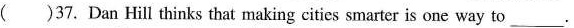
( )37. Dan Hill thinks that making cities smarter is one way to_________.